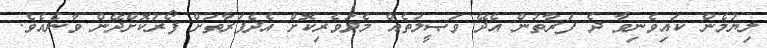
ލިޔުމެން ކައިވެނިވާ ދެ ފަރާތުން އެދޭ ވަޞީލަތެއް މެދުވެރިކޮށް އެދެފަރާތަށް ފޯރުކޮށްދޭން ވާނެއެވެ.